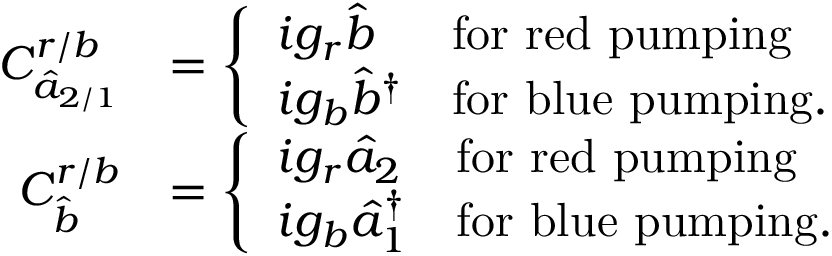
\begin{array} { r l } { C _ { \hat { a } _ { 2 / 1 } } ^ { r / b } } & { = \left\{ \begin{array} { l l } { i g _ { r } \hat { b } } & { \mathrm { f o r ~ r e d ~ p u m p i n g } } \\ { i g _ { b } \hat { b } ^ { \dagger } } & { \mathrm { f o r ~ b l u e ~ p u m p i n g . } } \end{array} \right. } \\ { C _ { \hat { b } } ^ { r / b } } & { = \left\{ \begin{array} { l l } { i g _ { r } \hat { a } _ { 2 } } & { \mathrm { f o r ~ r e d ~ p u m p i n g } } \\ { i g _ { b } \hat { a } _ { 1 } ^ { \dagger } } & { \mathrm { f o r ~ b l u e ~ p u m p i n g . } } \end{array} \right. } \end{array}